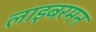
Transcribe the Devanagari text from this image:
लाइबरमन